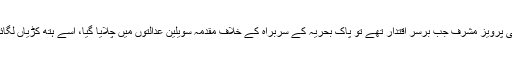
لیکن یہی پرویز مشرف جب برسر اقتدار تھے تو پاک بحریہ کے سربراہ کے خلاف مقدمہ سویلین عدالتوں میں چلایا گیا، اسے ہتھ کڑیاں لگائی گئیں۔